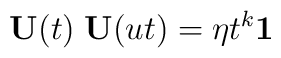
{\bf U}(t)\;{\bf U}(ut)=\eta t^{k} {\bf 1}